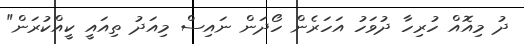
ދު މިއޮއް ހުރިހާ ދުވަަހު އަހަރެން ހޯދަން ނައިސް މިއަދު ތިއައީ ކީއްކުރަން"